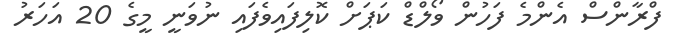
ފްރާންސް އެންމެ ފަހުން ވޯލްޑް ކަޕަށް ކޮލިފައިވެފައި ނުވަނީ މީގެ 20 އަހަރު